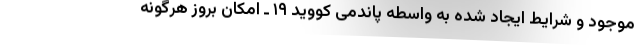
موجود و شرایط ایجاد شده به واسطه پاندمی کووید ۱۹ ـ امکان بروز هرگونه